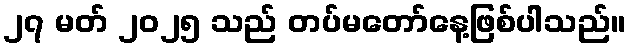
၂၇ မတ် ၂၀၂၅ သည် တပ်မတော်နေ့ဖြစ်ပါသည်။